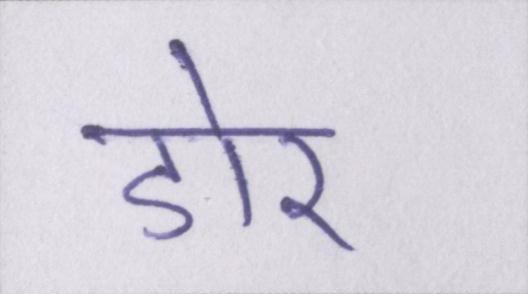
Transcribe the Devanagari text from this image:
डोर